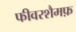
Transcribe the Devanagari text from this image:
फीवरशैमफ़